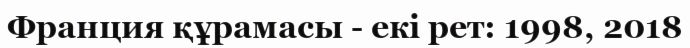
Франция құрамасы - екі рет: 1998, 2018